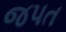
જપત